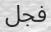
فجل